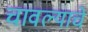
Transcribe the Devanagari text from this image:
चावल्याचे